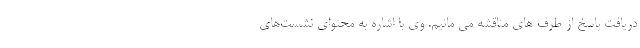
دریافت پاسخ از طرف های مناقشه می مانیم. وی با اشاره به محتوای نشست‌های